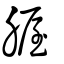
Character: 腛